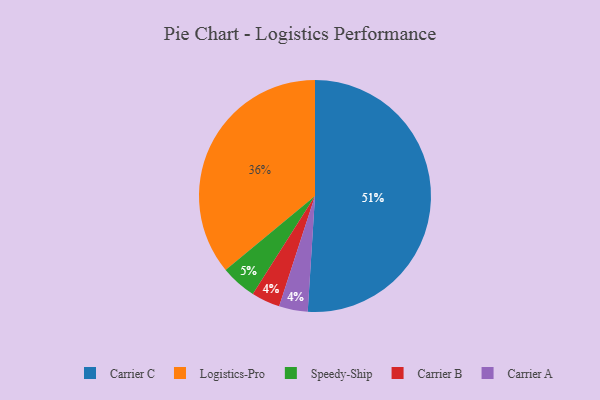
{"axis": {"x": "Category", "y": "Percentage"}, "legend": ["Carrier A", "Carrier B", "Carrier C", "Logistics-Pro", "Speedy-Ship"], "data": [{"x": "Speedy-Ship", "y": 5, "type": "Speedy-Ship"}, {"x": "Carrier B", "y": 4, "type": "Carrier B"}, {"x": "Carrier C", "y": 51, "type": "Carrier C"}, {"x": "Logistics-Pro", "y": 36, "type": "Logistics-Pro"}, {"x": "Carrier A", "y": 4, "type": "Carrier A"}]}